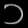
Digit: ၁